Report of the Indian Hemp Drugs Commission, 1894-1895 - Volume IV
Year: 1894
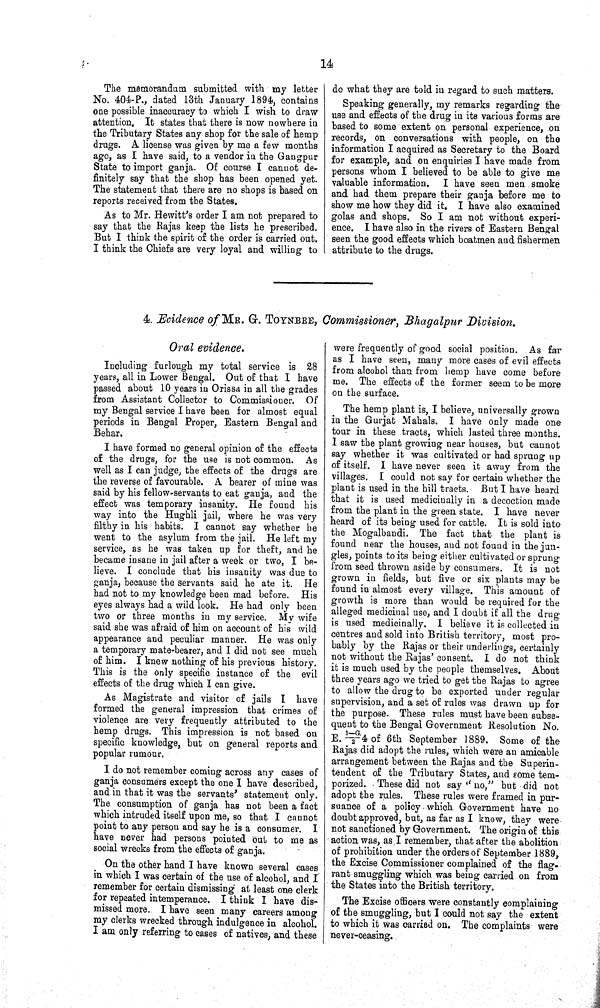
14
The memorandum submitted with my letter
No. 404-P., dated 13th January 1894, contains
one possible inaccuracy to which I wish to draw
attention. It states that there is now nowhere in
the Tributary States any shop for the sale of hemp
drugs. A license was given by me a few months
ago, as I have said, to a vendor in the Gangpur
State to import ganja. Of course I cannot de-
finitely say that the shop has been opened yet.
The statement that there are no shops is based on
reports received from the States.
As to Mr. Hewitt's order I am not prepared to
say that the Rajas keep the lists he prescribed.
But I think the spirit of the order is carried out.
I think the Chiefs are very loyal and willing to
do what they are told in regard to such matters.
Speaking generally, my remarks regarding the
use and effects of the drug in its various forms are
based to some extent on personal experience, on
records, on conversations with people, on the
information I acquired as Secretary to the Board
for example, and on enquiries I have made from
persons whom I believed to be able to give me
valuable information. I have seen men smoke
and had them prepare their ganja before me to
show me how they did it. I have also examined
golas and shops. So I am not without experi-
ence. I have also in the rivers of Eastern Bengal
seen the good effects which boatmen and fishermen
attribute to the drugs.
4. Evidence of MR. G. TOYNBE, Commissioner, Bhagalpur Division.
Oral evidence.
Including furlough my total service is 28
years, all in Lower Bengal. Out of that I have
passed about 10 years in Orissa in all the grades
from Assistant Collector to Commissioner. Of
my Bengal service I have been for almost equal
periods in Bengal Proper, Eastern Bengal and
Behar.
I have formed no general opinion of the effects
of the drugs, for the use is not common. As
well as I can judge, the effects of the drugs are
the reverse of favourable. A bearer of mine was
said by his fellow-servants to eat ganja, and the
effect was temporary insanity. He found his
way into the Hughli jail, where he was very
filthy in his habits. I cannot say whether he
went to the asylum from the jail. He left my
service, as he was taken up for theft, and he
became insane in jail after a week or two, I be-
lieve. I conclude that his insanity was due to
ganja, because the servants said he ate it. He
had not to my knowledge been mad before. His
eyes always had a wild look. He had only been
two or three months in my service. My wife
said she was afraid of him on account of his wild
appearance and peculiar manner. He was only
a temporary mate-bearer, and I did not see much
of him. I knew nothing of his previous history.
This is the only specific instance of the evil
effects of the drug which I can give.
As Magistrate and visitor of jails I have
formed the general impression that crimes of
violence are very frequently attributed to the
hemp drugs. This impression is not based on
specific knowledge, but on general reports and
popular rumour.
I do not remember coming across any cases of
ganja consumers except the one I have described,
and in that it was the servants' statement only.
The consumption of ganja has not been a fact
which intruded itself upon me, so that I cannot
point to any person and say he is a consumer. I
have never had persons pointed but to me as
social wrecks from the effects of ganja.
On the other hand I have known several cases
in which I was certain of the use of alcohol, and I
remember for certain dismissing at least one clerk
for repeated intemperance. I think I have dis-
missed more. I have seen many careers among
my clerks wrecked through indulgence in alcohol.
I am only referring to cases of natives, and these
were frequently of good social position. As far
as I have seen, many more cases of evil effects
from alcohol than from hemp have come before
me. The effects of the former seem to be more
on the surface.
The hemp plant is, I believe, universally grown
in the Gurjat Mahals. I have only made one
tour in these tracts, which lasted three months.
I saw the plant growing near houses, but cannot
say whether it was cultivated or had sprung up
of itself. I have never seen it away from the
villages. I could not say for certain whether the
plant is used in the hill tracts. But I have heard
that it is used medicinally in a decoction made
from the plant in the green state. I have never
heard of its being used for cattle. It is sold into
the Mogalbandi. The fact that the plant is
found near the houses, and not found in the jun-
gles, points to its being either cultivated or sprung
from seed thrown aside by consumers. It is not
grown in fields, but five or six plants may be
found in almost every village. This amount of
growth is more than would be required for the
alleged medicinal use, and I doubt if all the drug
is used medicinally. I believe it is collected in
centres and sold into British territory, most pro-
bably by the Rajas or their underlings, certainly
not without the Rajas' consent. I do not think
it is much used by the people themselves. About
three years ago we tried to get the Rajas to agree
to allow the drug to be exported under regular
supervision, and a set of rules was drawn up for
the purpose. These rules must have been subse-
quent to the Bengal Government Resolution No.
E. 1—G./2 4 of 6th September 1889. Some of the
Rajas did adopt the rules, which were an amicable
arrangement between the Rajas and the Superin-
tendent of the Tributary States, and some tem-
porized. These did not say "no," but did not
adopt the rules. These rules were framed in pur-
suance of a policy which Government have no
doubt approved, but, as far as I know, they were
not sanctioned by Government. The origin of this
action was, as I remember, that after the abolition
of prohibition under the orders of September 1889,
the Excise Commissioner complained of the flag-
rant smuggling which was being carried on from
the States into the British territory.
The Excise officers were constantly complaining
of the smuggling, but I could not say the extent
to which it was carried on. The complaints were
never-ceasing.